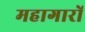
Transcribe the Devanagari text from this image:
महागारों